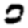
Digit: 0